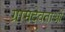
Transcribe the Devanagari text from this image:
ग्रामदेवताओं